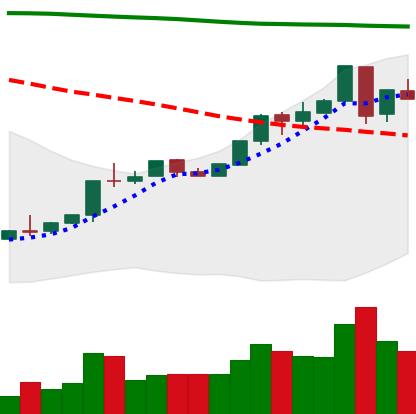
Ticker: ETH-USD
Chart end date: 2018-04-27
Forward return: 6.2%
Label: up_5_7